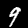
Digit: 9